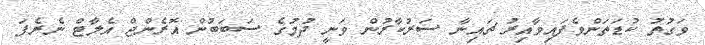
ވަގުތު ކުޑަތަންވެފައިވާއިރު ޗައިނާ ސަރުކާރުން ވަނީ ދުމުގެ ސަބަބުން އޮރެންޖް އެލާޓް ނެރެފަ